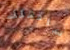
ساقتلك